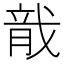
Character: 𬂄